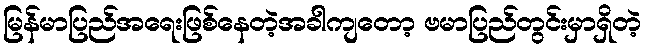
မြန်မာပြည်အရေးဖြစ်နေတဲ့အခါကျတော့ ဗမာပြည်တွင်းမှာရှိတဲ့